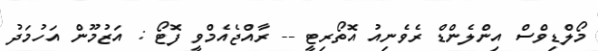
މޯލްޑިވްސް އިންލެންޑް ރެވެނިއު އޮތޯރިޓީ -- ރާއްޖެއެމްވީ ފޮޓޯ : އަޒުމޫން އަހުމަދު